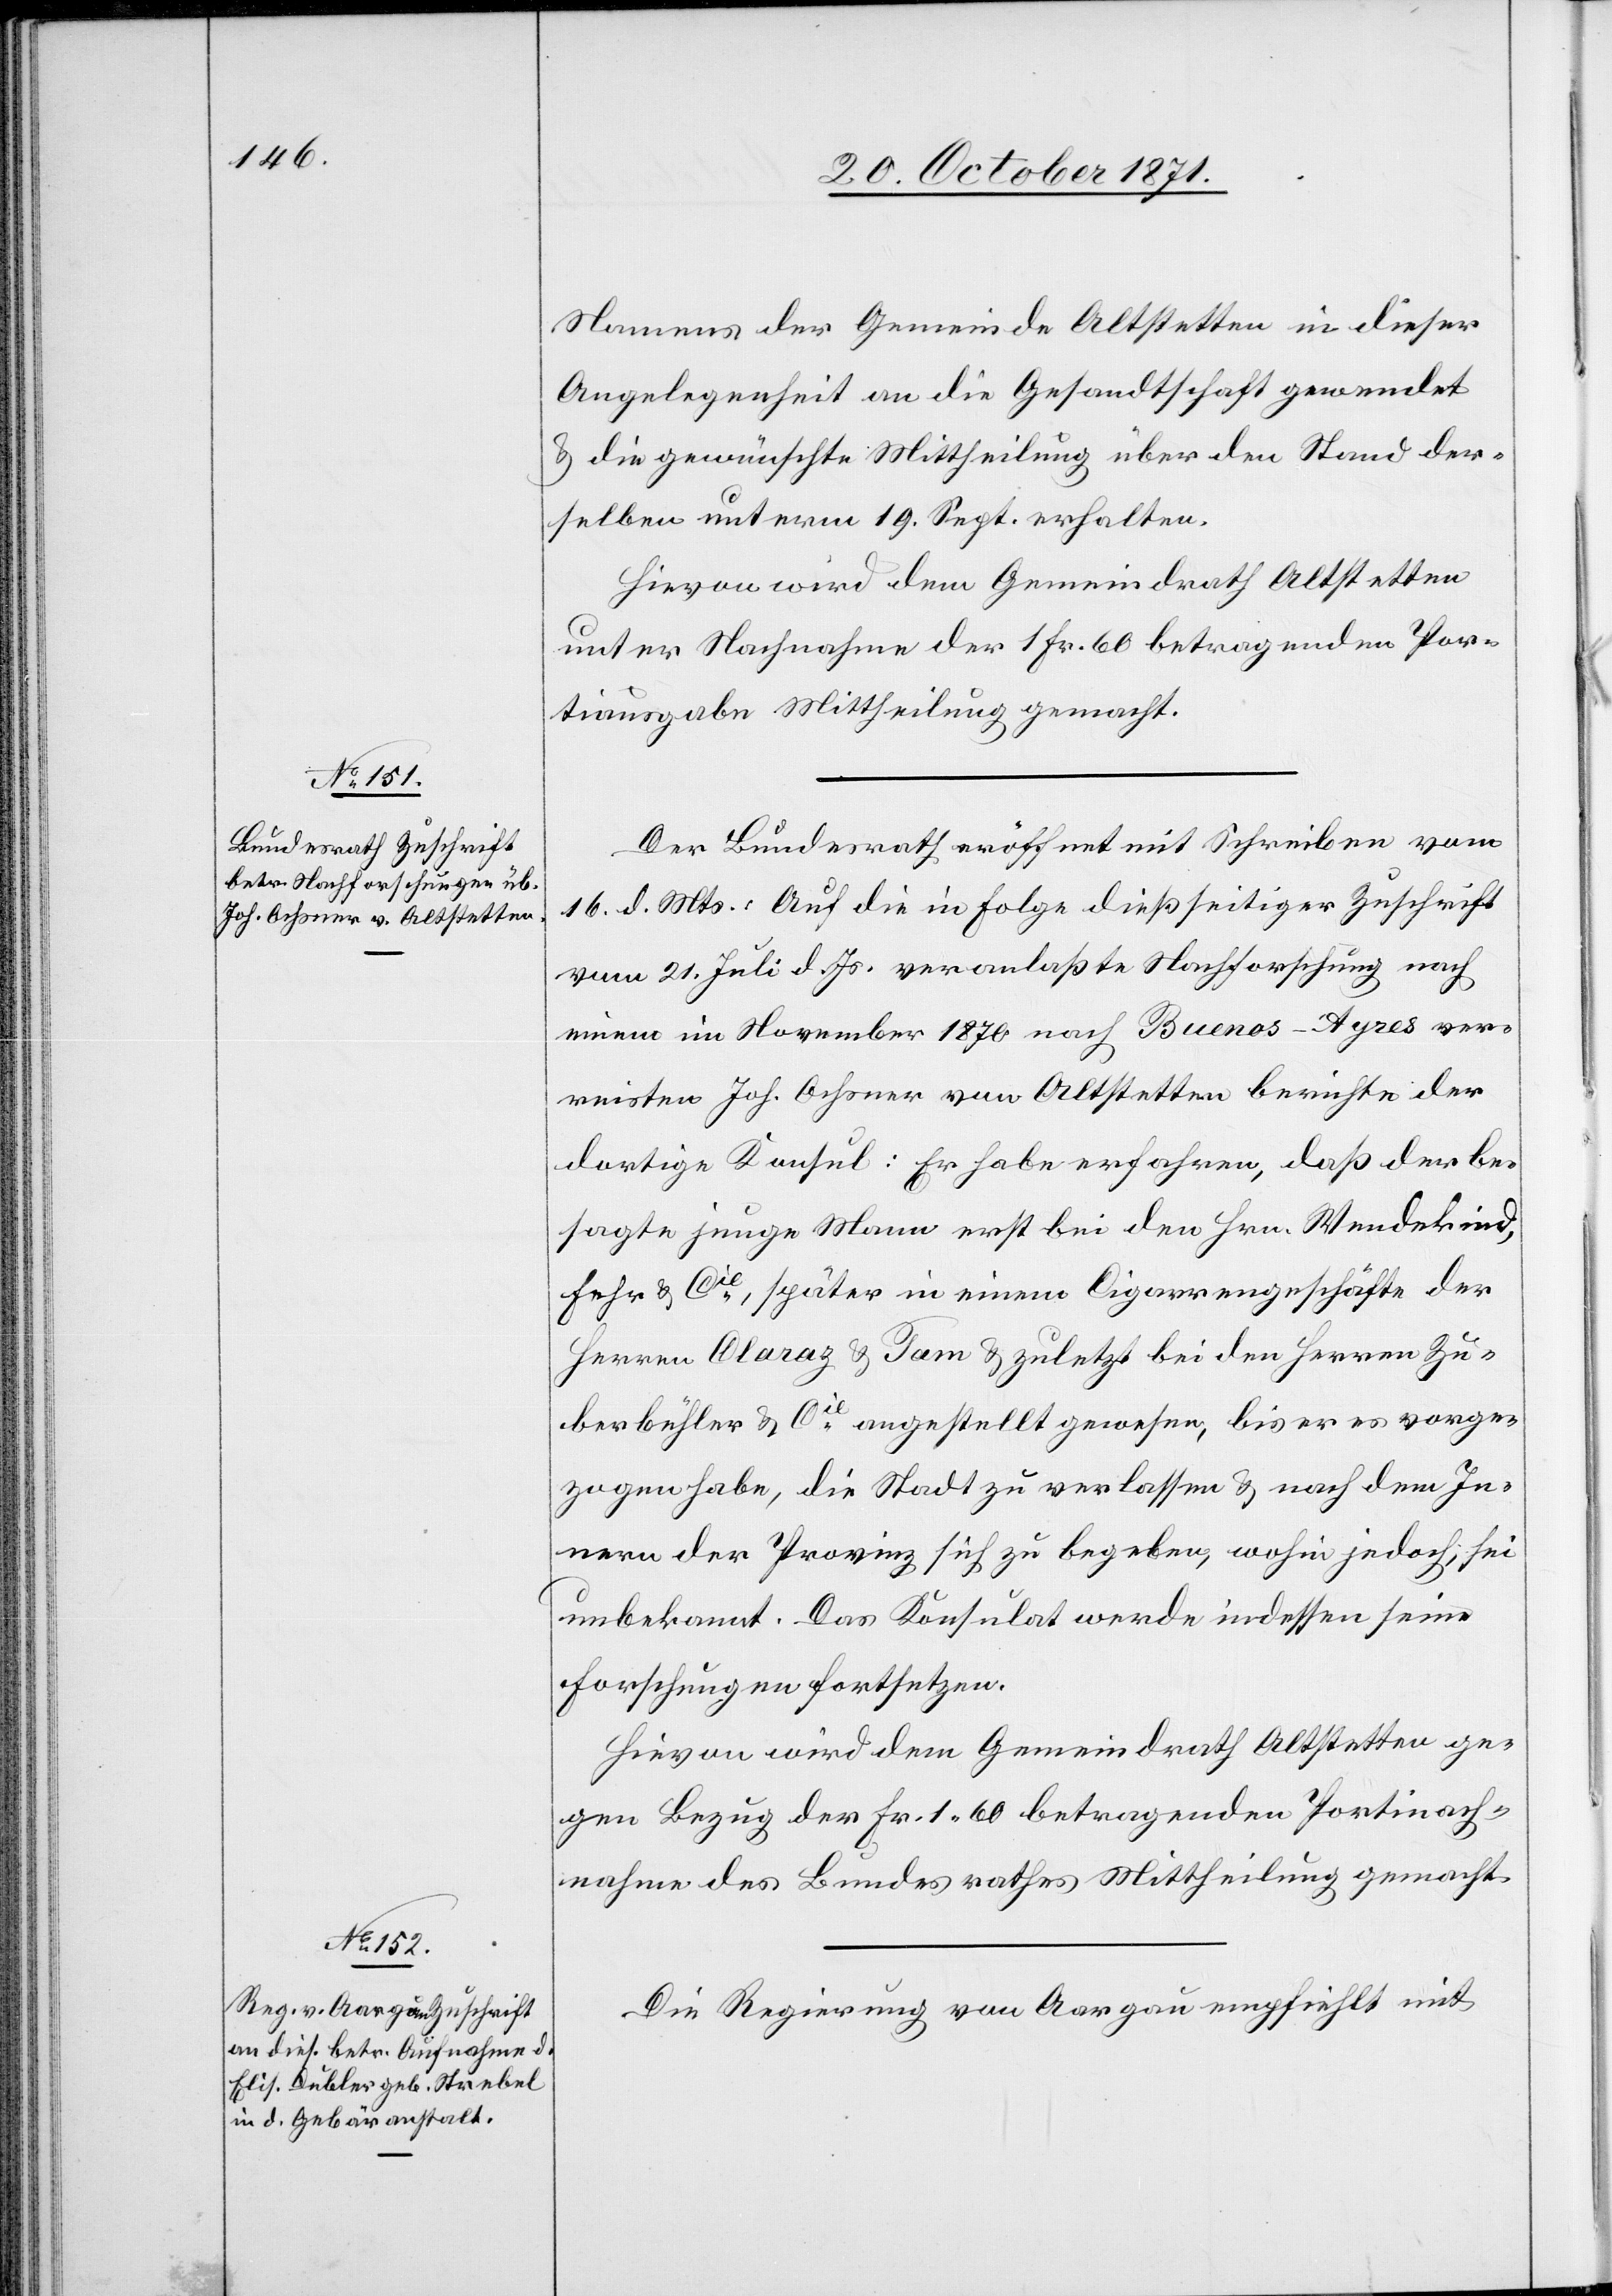
20. October 1871.]
Namens der Gemeinde Altstetten in dieser
Angelegenheit an die Gesandtschaft gewendet
& die gewünschte Mittheilung über den Stand der¬
selben unterm 19. Sept. erhalten.
Hievon wird dem Gemeindrath Altstetten
unter Nachnahme der 1 Fr. 60 betragenden Por¬
tiausgabe Mittheilung gemacht.
Der Bundesrath eröffnet mit Schreiben vom
16. d. Mts.: Auf die in Folge dießseitiger Zuschrift
vom 21. Juli d. Js. veranlasste Nachforschung nach
einem im November 1870 nach Buenos-Ayres ver¬
reisten Joh. Ochsner von Altstetten berichte der
dortige Konsul: Er habe erfahren, daß der be¬
sagte junge Mann erst bei den Hrn. Wendekind,
Fehr & Cie, später in einem Cigarrengeschäfte der
Herren Claraz & Tam & zuletzt bei den Herren Zu¬
berbühler & Cie angestellt gewesen, bis er vorge¬
zogen habe, die Stadt zu verlassen & nach dem In¬
nern der Provinz sich zu begeben, wohin jedoch, sei
unbekannt. Das Konsulat werde indessen seine
Forschungen fortsetzen.
Hievon wird dem Gemeindrath Altstetten ge¬
gen Bezug der Fr. 1,60 betragenden Portinach¬
nahme des Bundesrathes Mittheilung gemacht.
Die Regierung von Aargau empfiehlt mit